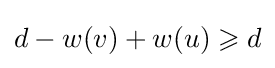
d-w(v)+w(u)\geqslant d